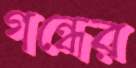
গন্ধের